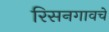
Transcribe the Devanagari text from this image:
रिसनगावचे